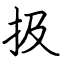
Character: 扱